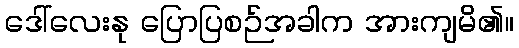
ဒေါ်လေးနု ပြောပြစဉ်အခါက အားကျမိ၏။